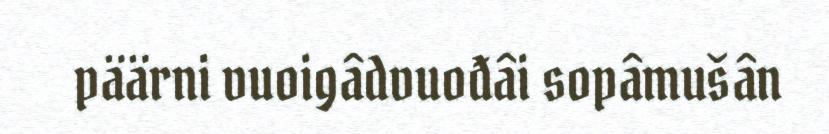
päärni vuoigâdvuođâi sopâmušân